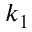
k _ { 1 }